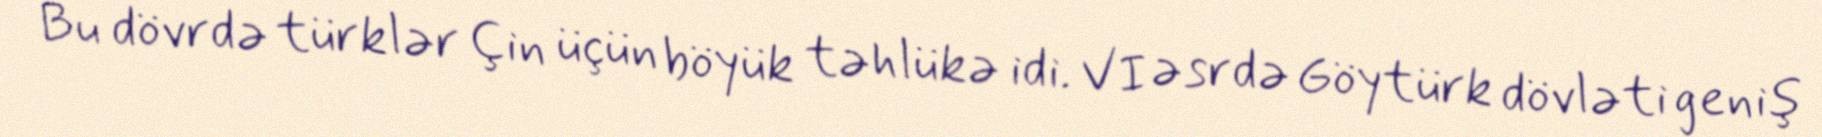
Bu dövrdə türklər Çin üçün böyük təhlükə idi. VI əsrdə Göytürk dövləti geniş